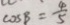
\cos B = \frac { 4 } { 5 }